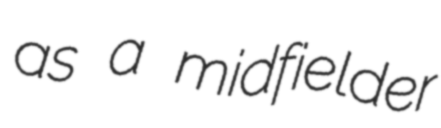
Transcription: as a midfielder